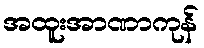
အထူးအာဏာကုန်